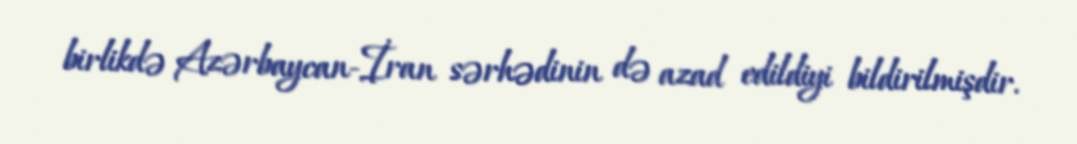
birlikdə Azərbaycan-İran sərhədinin də azad edildiyi bildirilmişdir.